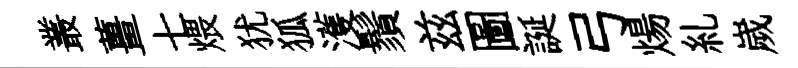
叢薑七煨犹狐濩鬚兹圖誕弓煬糺嵗